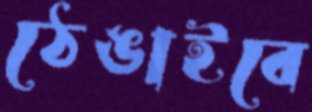
ঠেঙাইবে